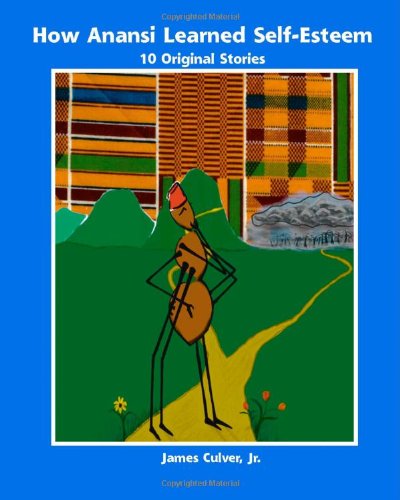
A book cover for How Anansi Learned Self-Esteem: 10 Original Stories for Building Self-Confidence and Self-Respect; James Culver; Children's Books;